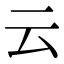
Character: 云